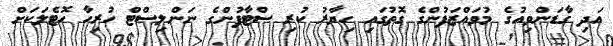
އަދި ގާޑަންވިއުގެ މުވައްޒަފުންގެ ގޮތުގައި ހިޔާރު ކުރި ސްޓާފުންގެ ނަންލިސްޓް ހުރިހާ ހޮޓެލަކަށް